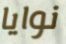
نوايا